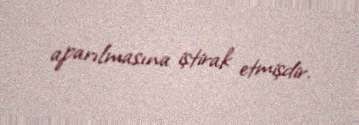
aparılmasına iştirak etmişdir.